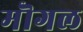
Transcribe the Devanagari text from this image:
मॊगल